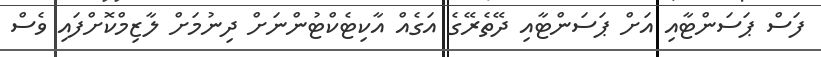
ފަސް ޕަސަންޓާއި އަށް ޕަސަންޓާއި ދޭތެރޭގެ އަގެއް އާކިޓެކްޓުންނަށް ދިނުމަށް ލާޒިމްކޮށްފައި ވެސް